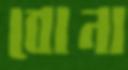
বোনা